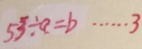
5 3 \div a = b \cdots 3